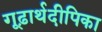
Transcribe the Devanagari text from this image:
गूढ़ार्थदीपिका